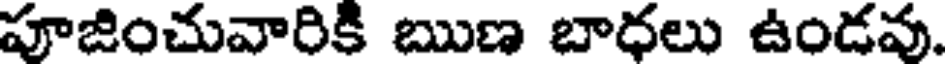
పూజించువారికి ఋణ బాధలు ఉండవు.